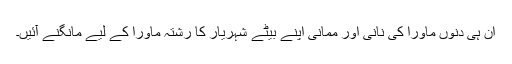
ان ہی دنوں ماورا کی نانی اور ممانی اپنے بیٹے شہریار کا رشتہ ماورا کے لیے مانگنے آئیں۔